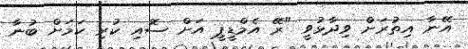
އޭނާ އިތުރަށް ވިދާޅުވީ "ރޭ އެމްޑީޕީ އަށް ސޮއި ކުރި ކަމަށް ބުނާ